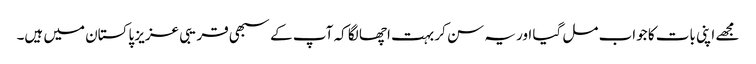
مجھے اپنی بات کا جواب مل گیا اور یہ سن کر بہت اچھا لگا کہ آپ کے سبھی قریبی عزیز پاکستان میں ہیں۔